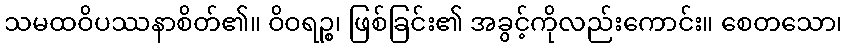
သမထဝိပဿနာစိတ်၏။ ဝိဝရဉ္စ၊ ဖြစ်ခြင်း၏ အခွင့်ကိုလည်းကောင်း။ စေတသော၊